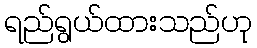
ရည်ရွယ်ထားသည်ဟု